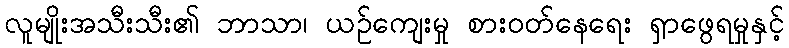
လူမျိုးအသီးသီး၏ ဘာသာ၊ ယဉ်ကျေးမှု စားဝတ်နေရေး ရှာဖွေရမှုနှင့်